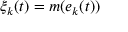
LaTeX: \xi _ { k } ( t ) = m ( e _ { k } ( t ) )